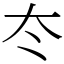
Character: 冭